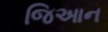
જિઆન